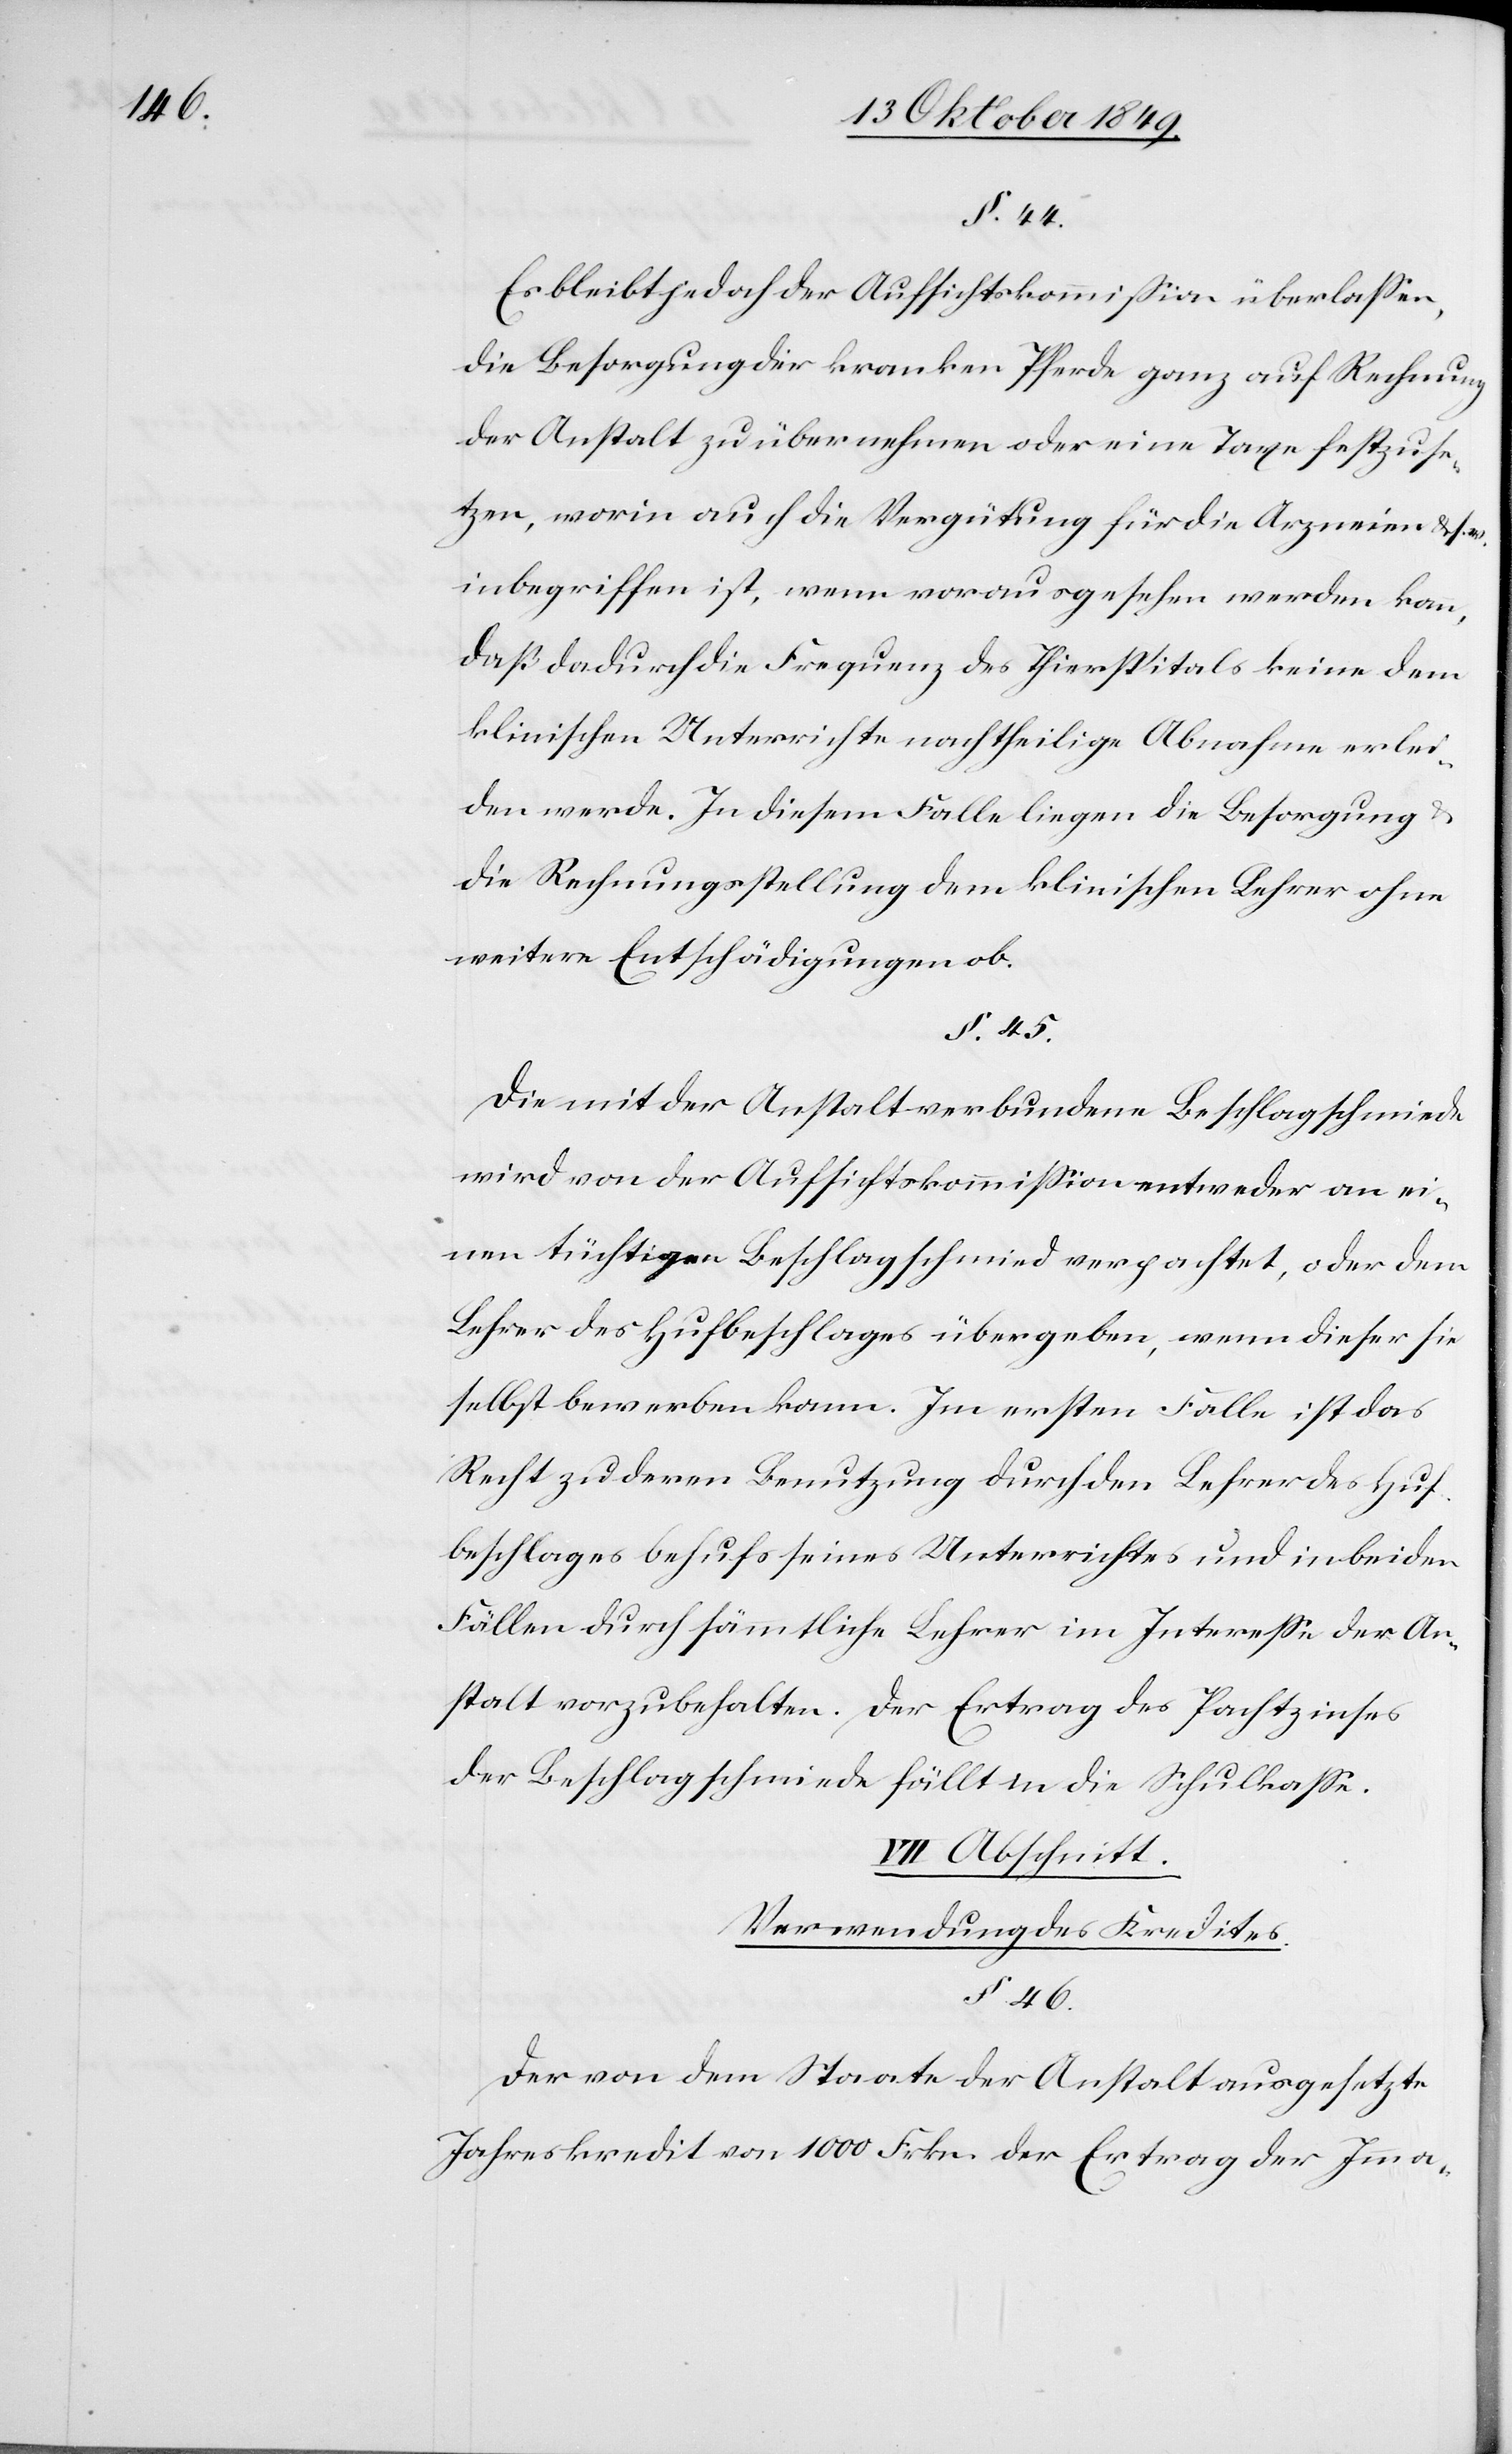
§. 44.
Es bleibt jedoch der Aufsichtskommißion überlaßen,
die Besorgung der kranken Pferde ganz auf Rechnung
der Anstalt zu übernehmen oder eine Taxe festzuse¬
tzen, worin auch die Vergütung für die Arzneien u. s.
inbegriffen ist, wenn vorausgesehen werden kann,
daß dadurch die Frequenz des Thierspitals keine dem
klinischen Unterrichte nachtheilige Abnahme erlei¬
den werde. In diesem Falle liegen die Besorgung u.
die Rechnungsstellung dem klinischen Lehrer ohne
weitere Entschädigung ob.
§. 45.
Die mit der Anstalt verbundenen Beschlagschmiede
wird von der Aufsichtskommißion entweder an ei¬
nen tüchtigen Beschlagschmied verpachtet, oder dem
Lehrer des Hufbeschlages übergeben, wenn dieser sie
selbst bewerben kann. Im ersten Falle ist das
Recht zu deren Benutzung durch den Lehrer des Huf¬
beschlages behufs seines Unterrichtes und in beiden
Fällen durch sämmtliche Lehrer im Intereße der An¬
stalt vorzubehalten. Der Ertrag des Pachtzinses
der Beschlagschmiede fällt in die Schulkaße.
VII. Abschnitt.
Verwendung des Kredites.
§ 46.
Der von den Staaten der Anstalt ausgesetzte
Jahreskredit von 1000 Frkn. der Ertrag der Imma-